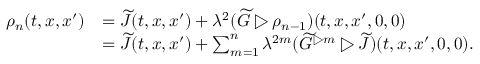
\begin{array} { r l } { \rho _ { n } ( t , x , x ^ { \prime } ) } & { = \widetilde { J } ( t , x , x ^ { \prime } ) + \lambda ^ { 2 } ( \widetilde { G } \triangleright \rho _ { n - 1 } ) ( t , x , x ^ { \prime } , 0 , 0 ) } \\ & { = \widetilde { J } ( t , x , x ^ { \prime } ) + \sum _ { m = 1 } ^ { n } \lambda ^ { 2 m } ( \widetilde { G } ^ { \triangleright m } \triangleright \widetilde { J } ) ( t , x , x ^ { \prime } , 0 , 0 ) . } \end{array}